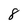
Character: 8